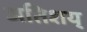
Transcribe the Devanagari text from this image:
अतिशय्